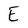
Character: E